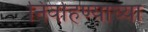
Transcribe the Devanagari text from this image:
निर्वाहण्याच्या